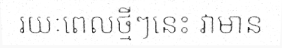
រយៈពេលថ្មីៗនេះ វាមាន